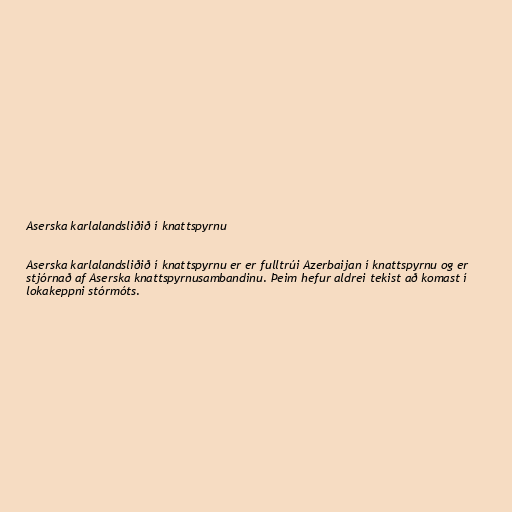
Aserska karlalandsliðið í knattspyrnu

Aserska karlalandsliðið í knattspyrnu er er fulltrúi Azerbaijan í knattspyrnu og er
stjórnað af Aserska knattspyrnusambandinu. Þeim hefur aldrei tekist að komast í
lokakeppni stórmóts.